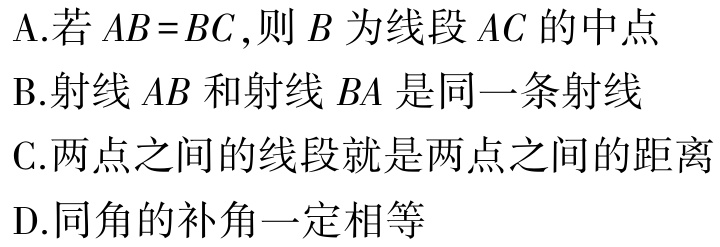
A.若\(AB = BC\),则\(B\)为线段\(AC\)的中点

B.射线\(AB\)和射线\(BA\)是同一条射线

C.两点之间的线段就是两点之间的距离

D.同角的补角一定相等